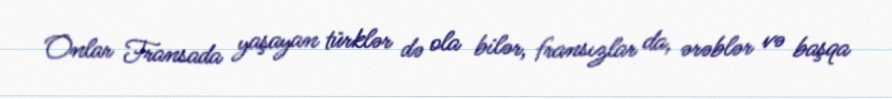
Onlar Fransada yaşayan türklər də ola bilər, fransızlar da, ərəblər və başqa